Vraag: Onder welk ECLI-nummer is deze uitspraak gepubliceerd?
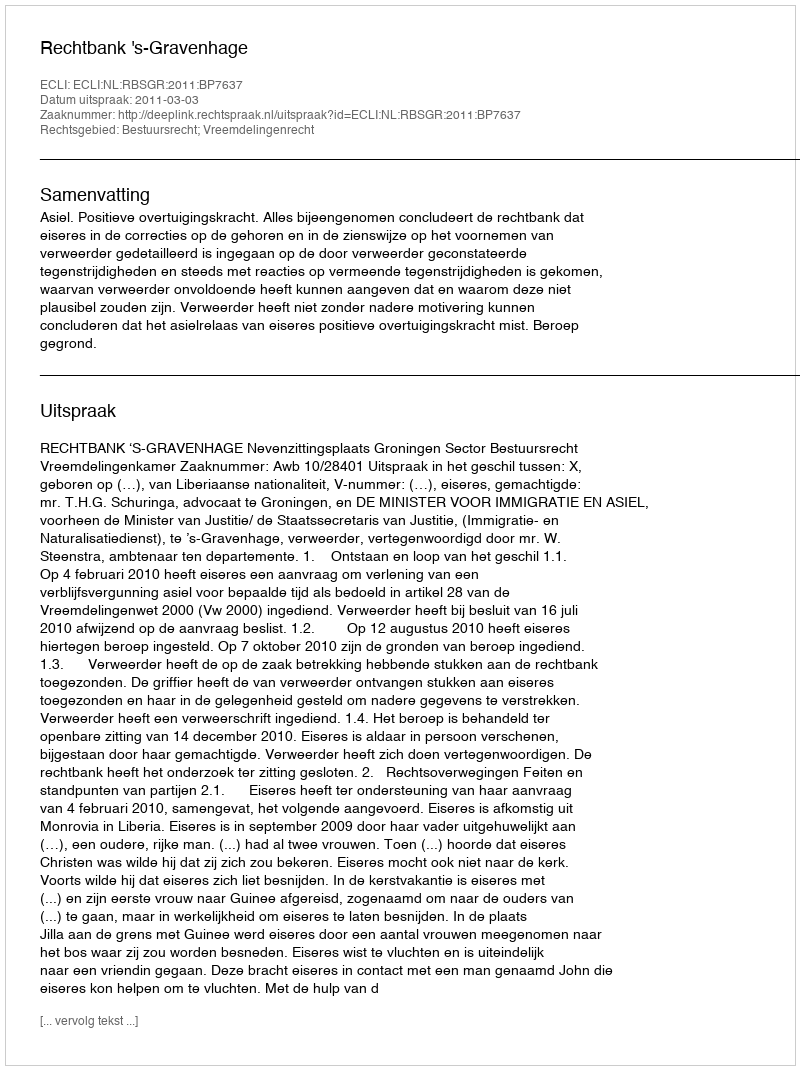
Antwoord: ECLI:NL:RBSGR:2011:BP7637